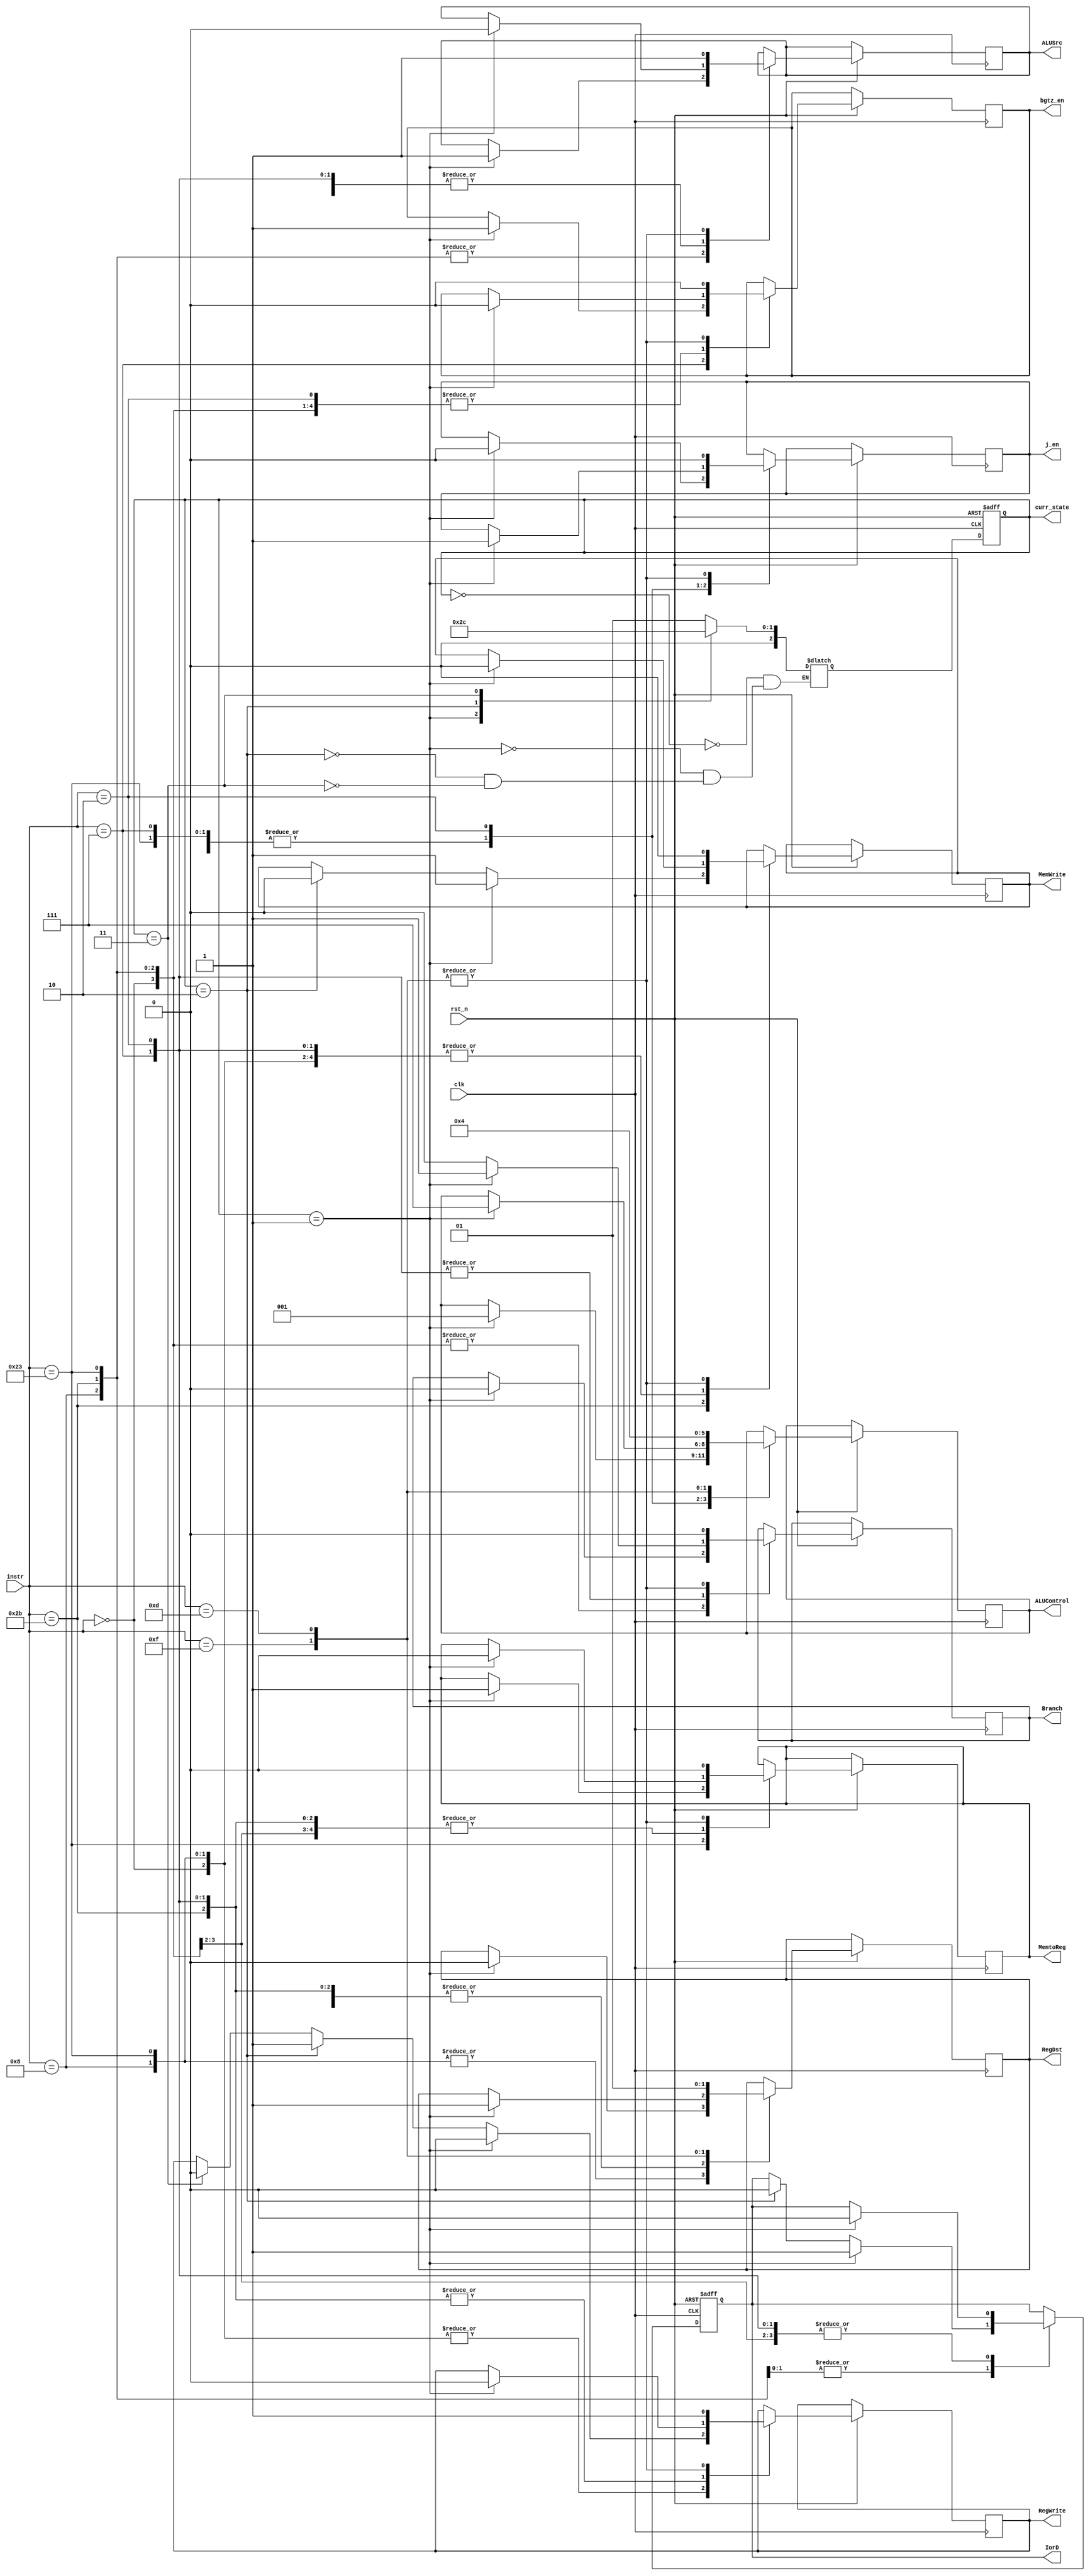



`timescale 1ns / 1ps
//////////////////////////////////////////////////////////////////////////////////
// Company: 
// Engineer: 
// 
// Design Name: 
// Module Name:    cu 
// Project Name: 
// Target Devices: 
// Tool versions: 
// Description: 
//
// Dependencies: 
//
// Revision: 
// Revision 0.01 - File Created
// Additional Comments: 
//
//////////////////////////////////////////////////////////////////////////////////
module cu(
	input clk,
	input rst_n,
	input [5:0] instr,
	output reg [2:0] curr_state,
	output reg IorD,
	output reg Branch,
	output reg j_en,
	output reg bgtz_en,
	output reg RegDst,
	output reg ALUSrc,
	output reg [2:0] ALUControl,
	output reg MemtoReg,
	output reg RegWrite,
	output reg MemWrite
);

//reg [2:0] curr_state;
reg [2:0] next_state;

parameter S0 = 0;
parameter S1 = 1;
parameter S2 = 2;
parameter S3 = 3;

parameter ADD = 6'b000000;
parameter ADDI = 6'b001000;
parameter SW = 6'b101011;
parameter LW = 6'b100011;
parameter BGTZ = 6'b000111;
parameter J = 6'b000010;
parameter LUI = 6'b001111;
parameter ORI = 6'b001101;

always@(posedge clk or negedge rst_n)
begin
	if(!rst_n)
		begin
			IorD <= 0;
		end
	else
		begin
			case(instr)
				ADD:
					if(curr_state == S1)
						begin
							IorD <= 0;
							RegDst <= 1;
							ALUSrc <= 0;
							ALUControl <= 1; 
							Branch <= 0;
							MemWrite <= 0;
							MemtoReg <= 0;
							RegWrite <= 0;
							j_en <= 0;
							bgtz_en <= 0;
						end
					else if(curr_state == S2)
						begin
							RegWrite <= 1;
						end
					else if(curr_state == S3)
						begin
							RegWrite <= 0;
						end
				ADDI:
					if(curr_state == S1)
						begin
							IorD <= 0;
							RegDst <= 0;
							ALUSrc <= 1;
							ALUControl <= 1;
							Branch <= 0;
							MemWrite <= 0;
							MemtoReg <= 0;
							RegWrite <= 0;
							j_en <= 0;
							bgtz_en <= 0;
						end
					else if(curr_state == S2)
						begin
							RegWrite <= 1;
						end
					else if(curr_state == S3)
						begin
							RegWrite <= 0;
						end
				SW:
					if(curr_state == S1)
						begin
							IorD <= 1;
							RegDst <= 1;
							ALUSrc <= 1;
							ALUControl <= 1;
							Branch <= 0;
							RegWrite <= 0;
							MemtoReg <= 0;
							MemWrite <= 1;
							j_en <= 0;
							bgtz_en <= 0;
						end
					else if(curr_state == S2)
						begin
							IorD <= 0;
							MemWrite <= 0;
						end
				LW:
					if(curr_state == S1)
						begin
							IorD <= 1;
							RegDst <= 0;
							ALUSrc <= 1;
							ALUControl <= 1;
							Branch <= 0;
							MemWrite <= 0;
							MemtoReg <= 1;
							RegWrite <= 0;		
							j_en <= 0;
							bgtz_en <= 0;
						end
					else if(curr_state == S2)
						begin
							IorD <= 0;
							RegWrite <= 1;
						end
					else if(curr_state == S3)
						begin
							RegWrite <= 0;
						end
				BGTZ:
					if(curr_state == S1)
						begin
							IorD <= 0;
							RegDst <= 1;
							ALUSrc <= 0;
							ALUControl <= 1;
							Branch <= 1;
							RegWrite <= 0;
							MemWrite <= 0;
							MemtoReg <= 0;
							bgtz_en <= 1;
							j_en <= 0;
						end
					else
						begin
							Branch <= 0;
						end
				J:
					if(curr_state == S1)
						begin
							IorD <= 0;
							RegDst <= 1;
							ALUSrc <= 0;
							ALUControl <= 7;
							Branch <= 1;
							RegWrite <= 0;
							MemWrite <= 0;
							MemtoReg <= 0;
							j_en <= 1;
							bgtz_en <= 0;
						end
					else
						begin
							Branch <= 0;
						end
				LUI:
					begin
						RegDst <= 0;
						ALUSrc <= 1;
						ALUControl <= 0;
						Branch <= 0;  
						RegWrite <= 0;
						MemWrite <= 0;
						MemtoReg <= 0;
						RegWrite <= 1;
						j_en <= 0;
						bgtz_en <= 0;
					end
				ORI:
					begin
						RegDst <= 1;
						ALUSrc <= 1;
						ALUControl <= 4;
						Branch <= 0;
						MemWrite <= 0;
						MemtoReg <= 0;
						RegWrite <= 1;
						j_en <= 0;
						bgtz_en <= 0;
					end
			endcase
		end
end

always@(posedge clk or negedge rst_n)
begin
	if(!rst_n)
		curr_state <= S0;
	else
		curr_state <= next_state;
end

always@(*)
begin
	case(curr_state)
		S0:
			next_state = S1;
		S1:
			next_state = S2;
		S2:
			next_state = S3;
		S3:
			next_state = S0;
	endcase
end

endmodule